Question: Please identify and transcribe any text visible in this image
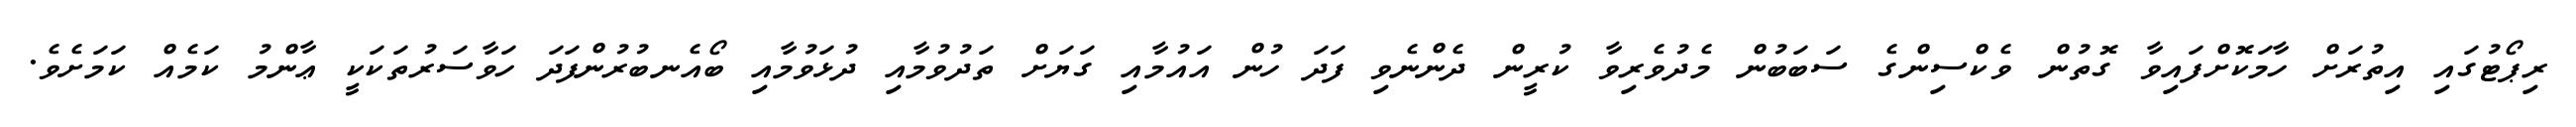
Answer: ރިޕޯޓުގައި އިތުރަށް ހާމަކޮށްފައިވާ ގޮތުން ވެކްސިންގެ ސަބަބުން މެދުވެރިވާ ކުރީން ދެންނެވި ފަދަ ހުން އައުމާއި ގަޔަށް ތަދުވުމާއި ދުޅަވުމާއި ބޯއެނބުރުންފަދަ ހަވާސަރުތަކަކީ ޢާންމު ކަމެއް ކަމަށެވެ.